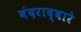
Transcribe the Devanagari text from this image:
बंदराद्वारे